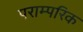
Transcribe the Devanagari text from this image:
पराम्परिक